Lunatic asylums Central Provinces reports 1874-1885 - 1874-1885
Year: 1874
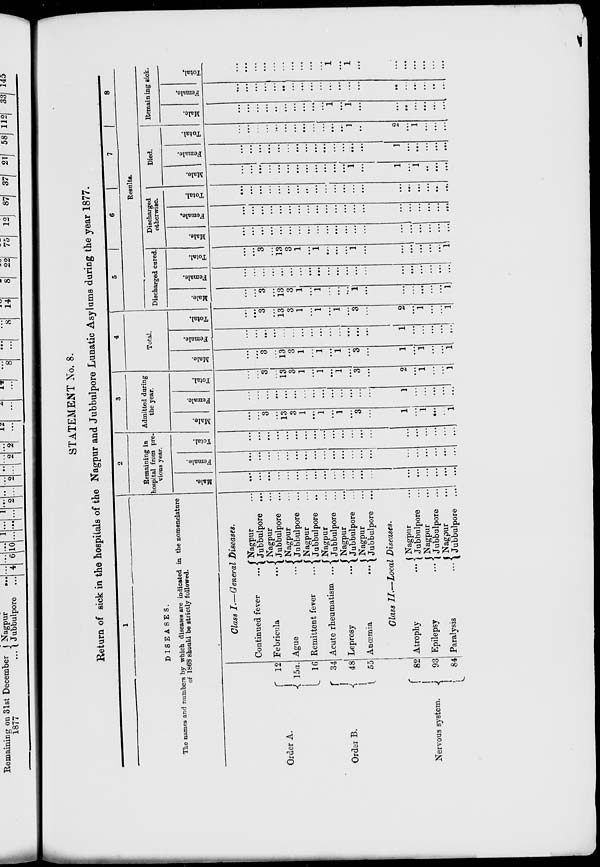
STATEMENT No. 8.
Return of sick in the hospitals of the Nagpur and Jubbulpore Lunatic Asylums during the year 1877.
1
DISEASES.
The names and numbers by which diseases are indicated in the nomenclature
of 1868 should be strictly followed.
Order A.
Order B.
12
15a.
16
34
48
55
Nervous system.
82
93
84
Class I.—General Diseases.
Continued fever ...
Febricula …
Ague …
Remittent fever …
Acute rheumatism ...
Leprosy …
Anœmia
...
Nagpur …
Jubbulpore …
Nagpur …
Jubbulpore …
Nagpur …
Jubbulpore …
Nagpur …
Jubbulpore …
Nagpur …
Jubbulpore …
Nagpur …
Jubbulpore …
Nagpur …
Jubbulpore …
Class II.—Local Diseases.
Atrophy …
Epilepsy …
Paralysis …
Nagpur …
Jubbulpore …
Nagpur …
Jubbulpore …
Nagpur …
Jubbulpore …
2
Remaining in
hospital from pre-
vious year.
Male.
…
...
...
...
...
…
...
...
...
...
...
…
...
…
…
…
...
...
…
…
Female.
…
...
...
…
...
...
...
...
...
...
...
…
...
...
...
...
...
...
…
...
Total.
...
...
...
...
...
...
...
...
...
...
...
...
...
…
...
...
...
...
...
…
3
Admitted during
the year.
Male.
...
...
3
...
13
3
1
…
1
…
1
…
3
…
1
...
1
…
…
1
Female.
…
...
…
…
…
...
...
...
...
...
...
...
...
…
1
...
...
...
...
…
Total.
…
…
3
…
13
3
1
...
1
...
1
…
3
…
2
…
1
…
…
1
4
Total.
Male.
…
…
3
...
13
3
1
...
1
...
1
…
3
…
1
…
1
…
…
1
Female.
…
...
…
…
…
...
...
...
...
...
...
...
…
...
1
…
...
...
...
…
Total.
...
…
3
...
13
3
1
...
1
...
1
…
3
…
2
...
1
…
…
1
5
6
7
8
Results.
Discharged cured.
Male.
...
...
3
...
13
3
1
...
1
…
…
…
1
…
...
…
...
...
...
1
Female.
…
...
...
...
…
…
...
…
…
...
...
...
...
…
...
…
...
...
...
…
Total.
…
…
3
...
13
3
1
…
1
…
...
...
1
…
...
...
…
...
...
1
Discharged
otherwise.
Male.
...
...
...
...
...
...
…
…
...
...
…
...
...
…
…
...
…
…
…
…
Female.
…
…
…
…
…
…
…
…
…
…
…
…
…
…
…
...
...
…
…
…
Total.
…
…
...
...
...
...
...
…
…
...
...
...
...
…
...
…
...
...
...
…
Died.
Male.
…
…
…
...
…
…
...
...
...
...
...
...
1
…
1
…
1
…
…
...
Female.
…
...
...
…
…
…
...
...
…
…
...
...
...
…
1
...
…
...
…
…
Total.
...
...
…
...
…
...
…
...
...
...
…
…
1
...
2
…
1
...
...
…
Remaining sick.
Male.
…
…
…
…
…
…
…
…
…
…
1
...
1
…
…
…
...
...
...
…
Female.
…
…
...
...
...
…
...
...
...
...
...
...
...
...
…
…
…
…
…
...
Total.
…
…
...
...
…
...
...
...
...
...
1
…
1
…
...
…
...
...
...
…